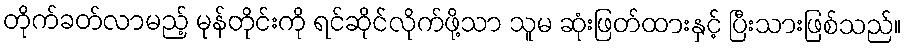
တိုက်ခတ်လာမည့် မုန်တိုင်းကို ရင်ဆိုင်လိုက်ဖို့သာ သူမ ဆုံးဖြတ်ထားနှင့် ပြီးသားဖြစ်သည်။